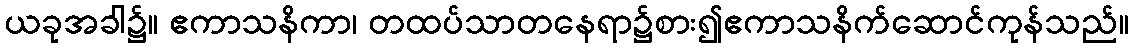
ယခုအခါ၌။ ဧကာသနိကာ၊ တထပ်သာတနေရာ၌စား၍ဧကာသနိက်ဆောင်ကုန်သည်။